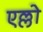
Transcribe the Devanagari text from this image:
एल्लो